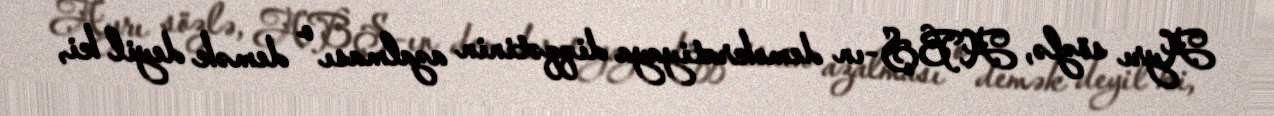
Ayrı sözlə, ABŞ-ın demokratiyaya diqqətinin azalması o demək deyil ki,